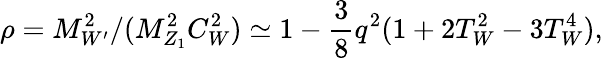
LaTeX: \rho=M_{W^{\prime}}^{2}/(M_{Z_{1}}^{2}C_{W}^{2})\simeq 1-{\frac{3}{8}}q^{2}(1+2T_{W}^{2}-3T_{W}^{4}),